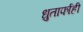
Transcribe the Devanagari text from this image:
धुतार्फाही